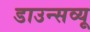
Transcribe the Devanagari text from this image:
डाउन्सव्यू